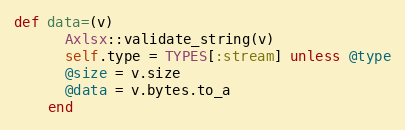
Language: Ruby
def data=(v)
      Axlsx::validate_string(v)
      self.type = TYPES[:stream] unless @type
      @size = v.size
      @data = v.bytes.to_a
    end